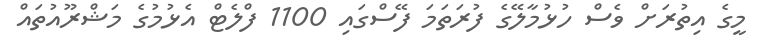
މީގެ އިތުރަށް ވެސް ހުޅުމާލޭގެ ފުރަތަމަ ފޭސްގައި 1100 ފްލެޓް އެޅުމުގެ މަޝްރޫއުތައް